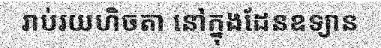
រាប់រយហិចតា នៅក្នុងដែនឧទ្យាន